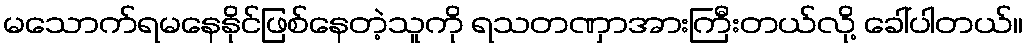
မသောက်ရမနေနိုင်ဖြစ်နေတဲ့သူကို ရသတဏှာအားကြီးတယ်လို့ ခေါ်ပါတယ်။